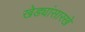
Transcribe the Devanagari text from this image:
खेड्यांसारखे